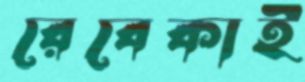
রেবেকাই